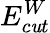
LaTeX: E_{c\mathit{u}t}^{W}